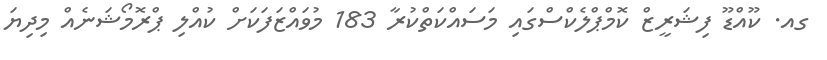
ގއ. ކޫއްޑޫ ފިޝަރީޒް ކޮމްޕްލެކްސްގައި މަސައްކަތްކުރާ 183 މުވައްޒަފަކަށް ކުއްލި ޕްރޮމޯޝަނެއް މިދިޔަ